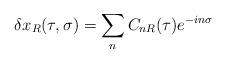
LaTeX: \begin{align*}\delta x_R(\tau,\sigma)=\sum_n C_{nR}(\tau)e^{-in\sigma}\end{align*}